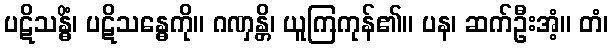
ပဋိသန္ဓိံ၊ ပဋိသန္ဓေကို။ ဂဏှန္တိ၊ ယူကြကုန်၏။ ပန၊ ဆက်ဦးအံ့။ တံ၊